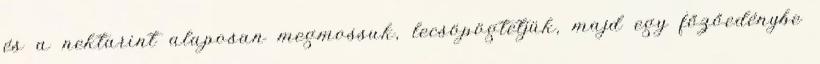
és a nektarint alaposan megmossuk, lecsöpögtetjük, majd egy főzőedénybe